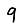
Digit: 9